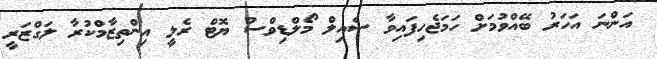
އަންނަ އަހަރު ބޭއްވުމަށް ހަމަޖެހިފައިވާ ސެއިލް މޯލްޑިވްސް ޔޮޓް ރެލީ އިންތިޒާމްކުރާ ލަގްޒަރީ